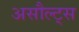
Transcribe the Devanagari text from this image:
असौल्ट्स